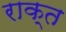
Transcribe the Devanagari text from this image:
राक्त